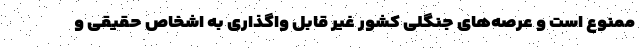
ممنوع است و عرصه‌های جنگلی کشور غیر قابل واگذاری به اشخاص حقیقی و